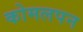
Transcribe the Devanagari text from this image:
कोमलपन